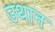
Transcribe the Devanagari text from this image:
उथान